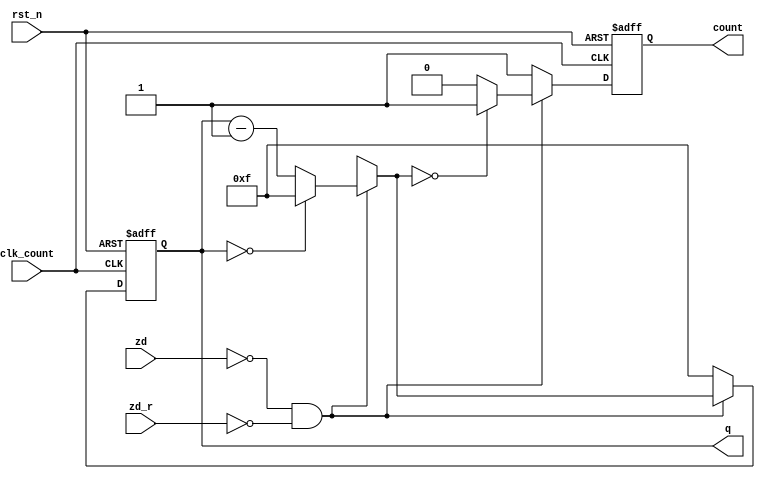
// 
module counter(
	input clk_count, rst_n,zd,zd_r,
	output reg[7:0] q,
	output reg count
);

//clk_countrst_nzdmainzd_rrecord
//qcount(10)

always@(posedge clk_count or negedge rst_n)
	if(~rst_n) begin q='h0f; count='h0; end
//rst_nq0fhcount0
else
	if (!zd & !zd_r) begin
			if(q == 0) q='h0f;//15q30h
			else q=q - 'h01;
			if(q == 'h0) count=1;//15count1
			else count=0;
		end
	else begin count = 1;q = 'h0f; end//

endmodule